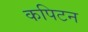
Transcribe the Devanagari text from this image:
कपिटन